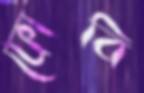
ফোবি